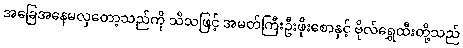
အခြေအနေမလှတော့သည်ကို သိသဖြင့် အမတ်ကြီးဦးဖိုးစောနှင့် ဗိုလ်ရွှေထီးတို့သည်